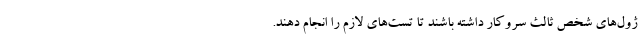
ژول‌های شخص ثالث سروکار داشته باشند تا تست‌های لازم را انجام دهند.